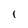
Character: 1